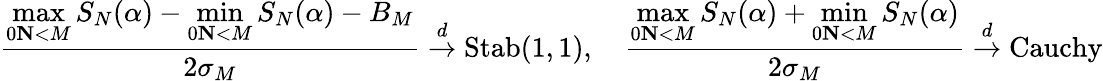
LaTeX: \frac{\displaystyle{\operatorname*{max}_{0\le N<M}S_{N}(\alpha)-\operatorname*{min}_{0\le N<M}S_{N}(\alpha)-B_{M}}}{2\sigma_{M}}\overset{d}{\to}\mathrm{Stab}(1,1),\quad\frac{\displaystyle{\operatorname*{max}_{0\le N<M}S_{N}(\alpha)+\operatorname*{min}_{0\le N<M}S_{N}(\alpha)}}{2\sigma_{M}}\overset{d}{\to}\mathrm{Cauchy}